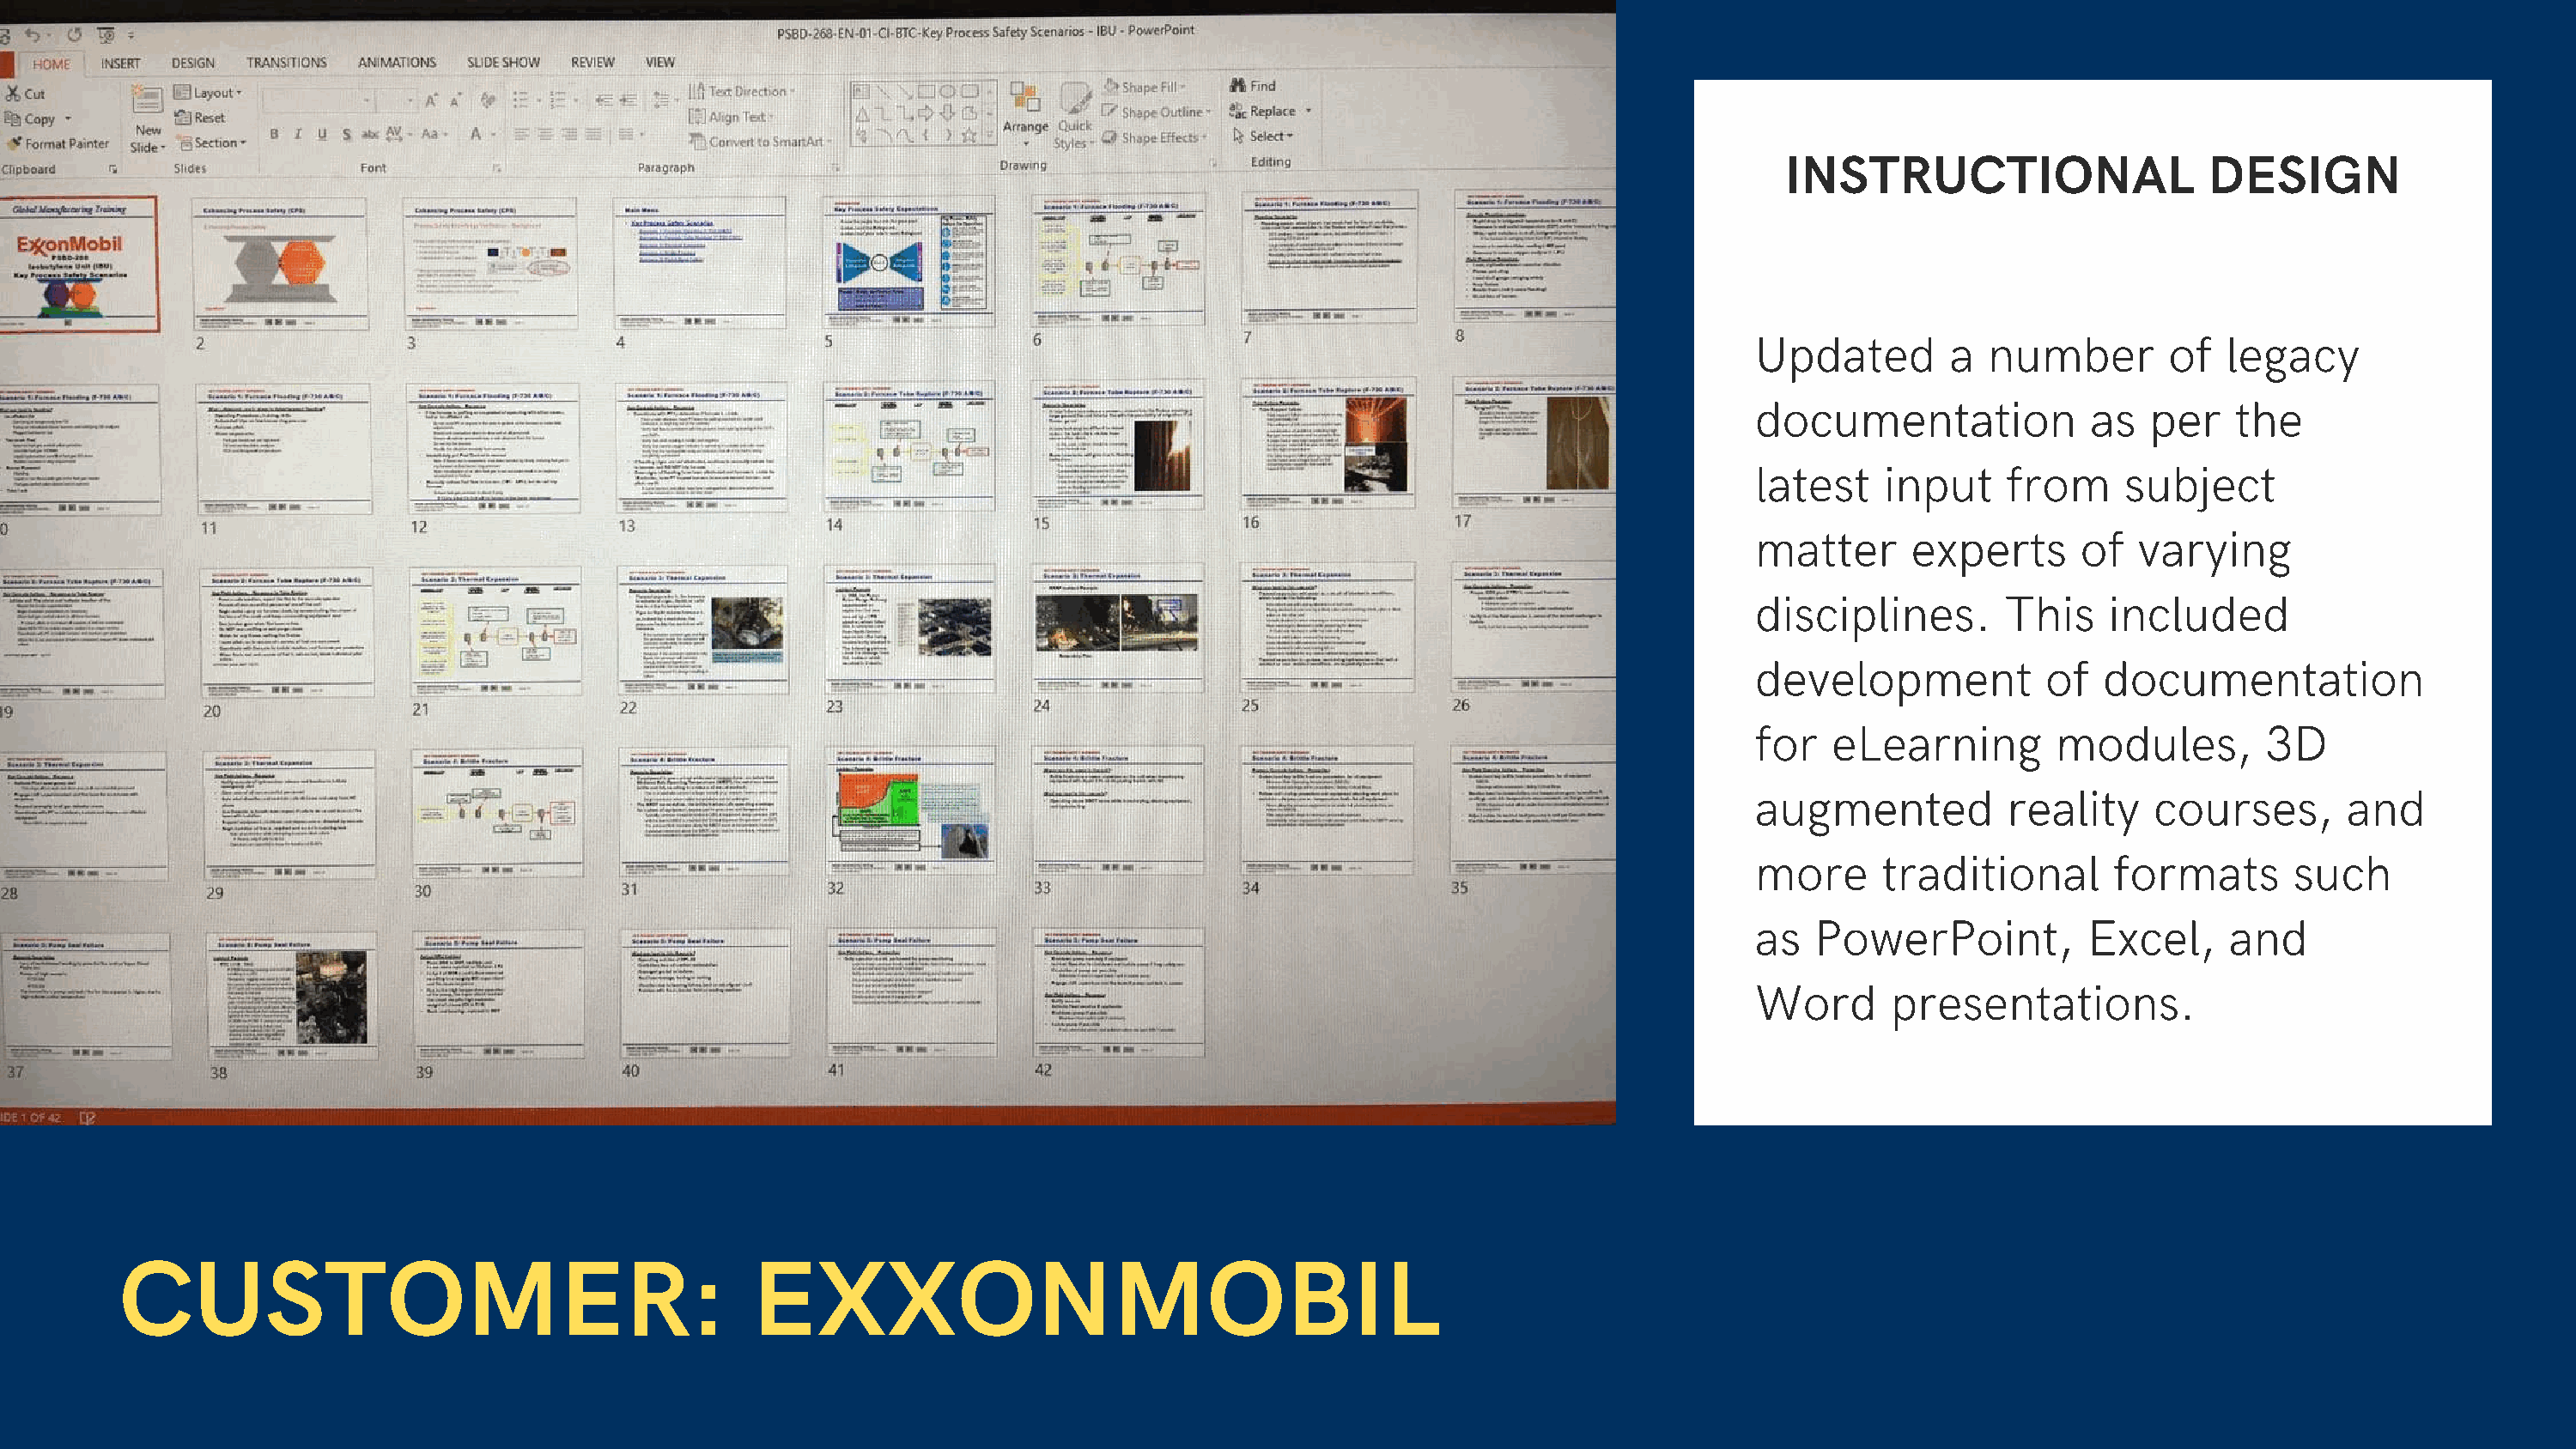
INSTRUCTIONAL                   DESIGN
 Updated        a  number        of   legacy
 documentation             as   per   the
 latest    input     from     subject
 matter      experts      of   varying
 disciplines.        This    included
 development            of  documentation
 for   eLearning        modules,         3D
 augmented           reality    courses,       and
 more      traditional       formats       such
 as   PowerPoint,          Excel,     and
 Word       presentations.
 CUSTOMER:                                        EXXONMOBIL